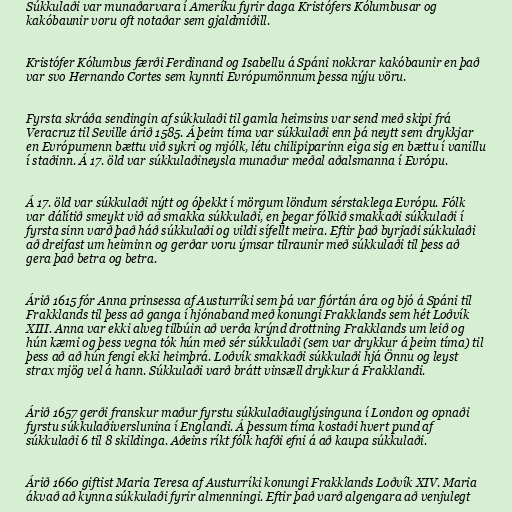
Súkkulaði var munaðarvara í Ameríku fyrir daga Kristófers Kólumbusar og
kakóbaunir voru oft notaðar sem gjaldmiðill.

Kristófer Kólumbus færði Ferdinand og Isabellu á Spáni nokkrar kakóbaunir en það
var svo Hernando Cortes sem kynnti Evrópumönnum þessa nýju vöru.

Fyrsta skráða sendingin af súkkulaði til gamla heimsins var send með skipi frá
Veracruz til Seville árið 1585. Á þeim tíma var súkkulaði enn þá neytt sem drykkjar
en Evrópumenn bættu við sykri og mjólk, létu chilipiparinn eiga sig en bættu í vanillu
í staðinn. Á 17. öld var súkkulaðineysla munaður meðal aðalsmanna í Evrópu.

Á 17. öld var súkkulaði nýtt og óþekkt í mörgum löndum sérstaklega Evrópu. Fólk
var dálítið smeykt við að smakka súkkulaði, en þegar fólkið smakkaði súkkulaði í
fyrsta sinn varð það háð súkkulaði og vildi sífellt meira. Eftir það byrjaði súkkulaði
að dreifast um heiminn og gerðar voru ýmsar tilraunir með súkkulaði til þess að
gera það betra og betra.

Árið 1615 fór Anna prinsessa af Austurríki sem þá var fjórtán ára og bjó á Spáni til
Frakklands til þess að ganga í hjónaband með konungi Frakklands sem hét Loðvík
XIII. Anna var ekki alveg tilbúin að verða krýnd drottning Frakklands um leið og
hún kæmi og þess vegna tók hún með sér súkkulaði (sem var drykkur á þeim tíma) til
þess að að hún fengi ekki heimþrá. Loðvík smakkaði súkkulaði hjá Önnu og leyst
strax mjög vel á hann. Súkkulaði varð brátt vinsæll drykkur á Frakklandi.

Árið 1657 gerði franskur maður fyrstu súkkulaðiauglýsinguna í London og opnaði
fyrstu súkkulaðiverslunina í Englandi. Á þessum tíma kostaði hvert pund af
súkkulaði 6 til 8 skildinga. Aðeins ríkt fólk hafði efni á að kaupa súkkulaði.

Árið 1660 giftist Maria Teresa af Austurríki konungi Frakklands Loðvík XIV. Maria
ákvað að kynna súkkulaði fyrir almenningi. Eftir það varð algengara að venjulegt